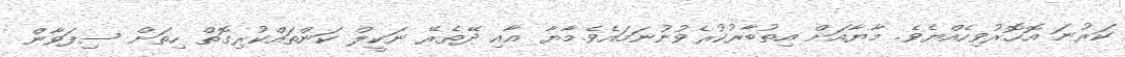
ކަރުނަ އޮހޮރުވިހެއްޔެވެ. މާޔާއަށް އިތުބާރުކުރެވުނުނަމައެވެ.މާޔާ އާއި ދޭތެރޭ ނަކީލް ކަންތައްކުރިގޮތް ހިތަށް ސިފަވާން